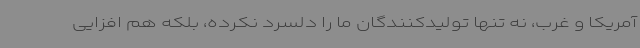
آمریکا و غرب، نه تنها تولیدکنندگان ما را دلسرد نکرده، بلکه هم افزایی